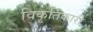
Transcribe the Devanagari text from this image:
विकृतिकारी